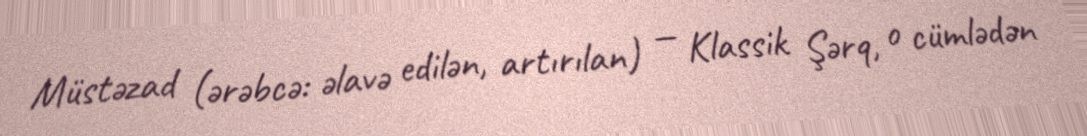
Müstəzad (ərəbcə: əlavə edilən, artırılan) — Klassik Şərq, o cümlədən